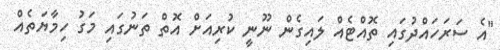
"އެ ސަރަހައްދުގައި ތޮއްޓެއް ލައިގެން ނޫނީ ކުރިއަށް އޮތް ތަނުގައި މަގު ހިމާޔަތެއް